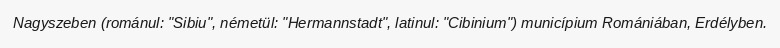
Nagyszeben (románul: "Sibiu", németül: "Hermannstadt", latinul: "Cibinium") municípium Romániában, Erdélyben.